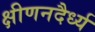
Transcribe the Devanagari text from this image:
क्षीणनदैर्ध्य